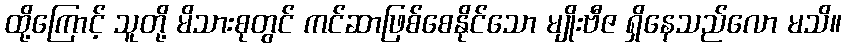
ထို့ကြောင့် သူတို့ မိသားစုတွင် ကင်ဆာဖြစ်စေနိုင်သော မျိုးဗီဇ ရှိနေသည်လော မသိ။